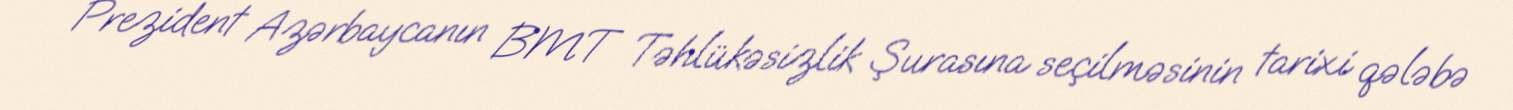
Prezident Azərbaycanın BMT Təhlükəsizlik Şurasına seçilməsinin tarixi qələbə